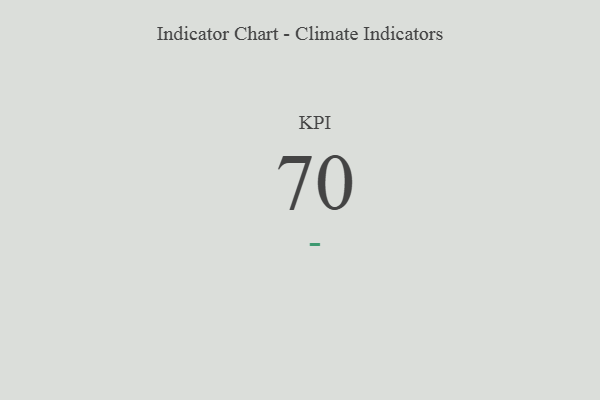
{"axis": {"x": "KPI", "y": "Value"}, "legend": [""], "data": [{"x": "KPI", "y": 70, "type": ""}]}